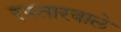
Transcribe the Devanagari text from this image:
रफ्तारवाले